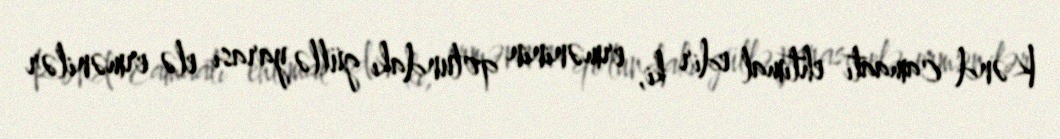
Kənd camaatı ehtimal edir ki, erməninin qolundakı güllə yarası elə ermənilər